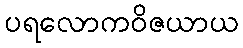
ပရလောကဝိဇယာယ